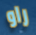
راو